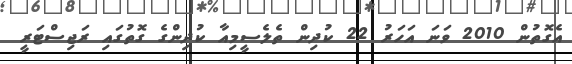
އެގޮތުން 2010 ވަނަ އަހަރު 22 ކުދިން ތެލެސީމިއާ ކުދިންގެ ގޮތުގައި ރަޖިސްޓަރީ